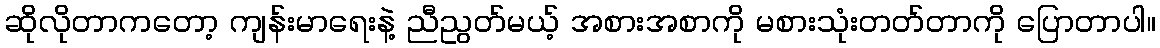
ဆိုလိုတာကတော့ ကျန်းမာရေးနဲ့ ညီညွတ်မယ့် အစားအစာကို မစားသုံးတတ်တာကို ပြောတာပါ။